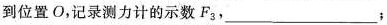
到位置O，记录测力计的示数F_{3}，___；